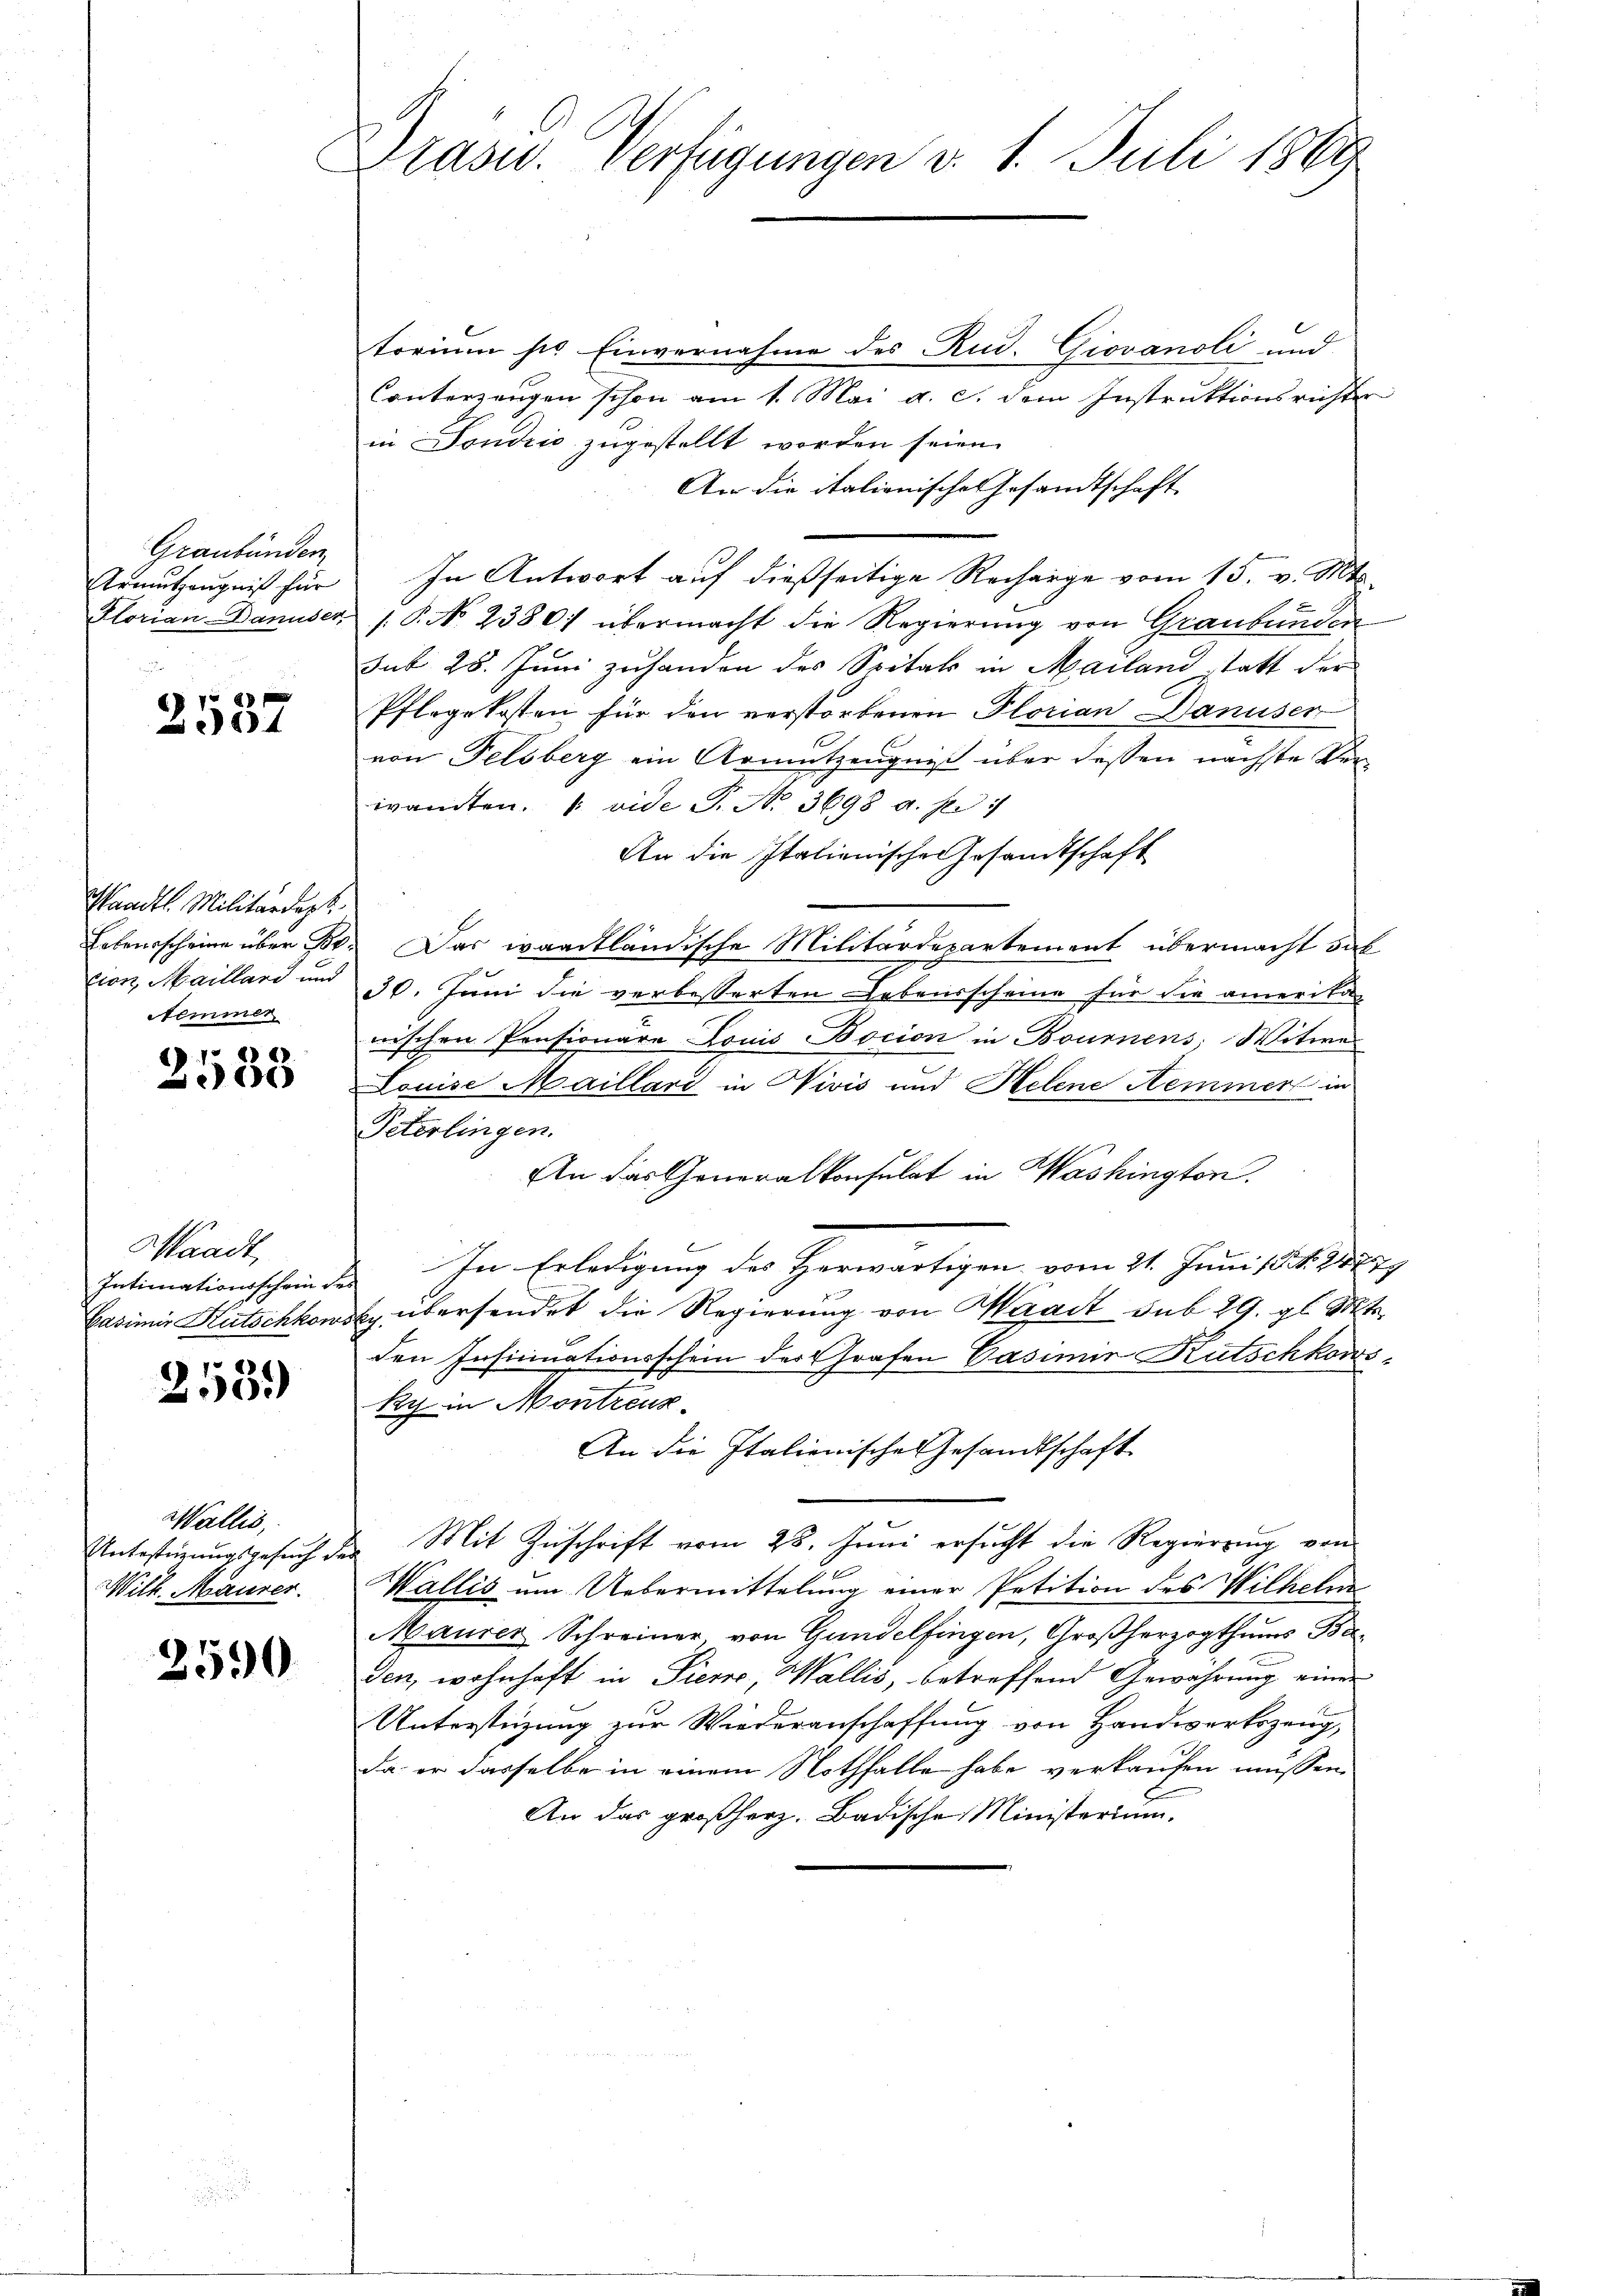
Graubünden
Armutzeugniß für
Florian Danuser.

2537

Pandtl. Militärdept.
cion, Maillard und
Nemmer

2583

Waadt,
Intimationsschein de
Casimir Rutschkow

14
256.)

Wallis,
Wilh. Maurer.

2590

Präsid. Verfügungen d. 1. Juli 1889

torium sie Einvernahme des Rud. Giovanoli und
Conterzeugen schon am 1. Mai a. c. dem Instruktionsrichter
in Dondico zugestellt worden seien.
Aer die italionisches Gesamtschaft
In Antwort auf dießseitige Recharge vom 15. v. Mts.
.P. No. 2380; übermacht die Regierung von Graubünden
dit 28. Juni zuhanden des Spitals in Mailand statt der
Pflegekosten für den verstorbenen Florian Danuser
von Felsberg ein Armutzeugniß über dessen nächste Verwandten. (vide P. No 3698 a. p. 1
An die Italienische Gesandtschaft
Lebensscheine über B. Das waadtländische Militärdepartement übermacht dah
30. Juni die verbesserten Lebensscheine für die ameritan
wischen Pensionäre Louis Bocion in Bournens, Witwe
Louise Maillard in Vivis und Helene Hemmer in
Peterlingen.
An das Generalkonsulat in Washington.
 In Erledigung des Herwärtigen vom 21. Juni 184. 288. 29
dy übersendet die Regierung von Waadt sub 29. gl. Mts.
den Insinuationsschein der Grafen Pasimir Kutschkows
ky in Montreuz
An die Italienische Gesandtschaft
Unbestirŭngsgesŭch der Mit Zŭschrift vom 28. Juni ersucht die Regierung von
Wallis um Uebermittelung einer Petition des Wilhelm
Maurer Schreiner, von Gundelfingen, Großherzogthums Baden, wohnhaft in Pierre, Wallis, betreffend Gewährung einer
Unterstüzung zur Wiederanschaffung von Handwerkszeug,
da er dasselbe in einem Nothfalle habe verkaufen müssen
An das großherz. Badische Ministerium.